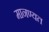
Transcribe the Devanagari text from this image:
मानण्यत